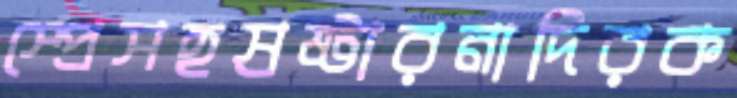
স্প্রেসহস্রষ্টারনাদিরক